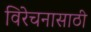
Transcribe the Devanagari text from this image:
विरेचनासाठी